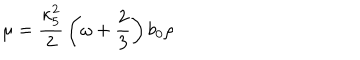
\mu = { \frac { \kappa _ { 5 } ^ { 2 } } { 2 } } \left( \omega + { \frac { 2 } { 3 } } \right) b _ { 0 } \rho